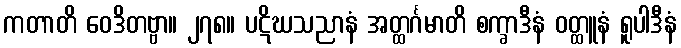
ကတာတိ ဝေဒိတဗ္ဗာ။ ၂၇၈။ ပဋိဃသညာနံ အတ္ထင်္ဂမာတိ စက္ခာဒီနံ ဝတ္ထူနံ ရူပါဒီနံ